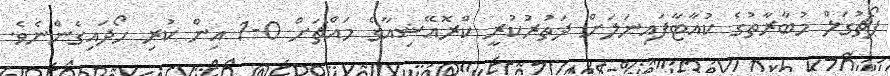
ޕޯޗުގަލް މުބާރާތުގެ ކުއާޓާފައިނަލަށް ދަތުރުކުރީ ކްރޮއޭޝިއާގެ މައްޗަށް 0-1 އިން ކުރި ހޯދައިގެންނެވެ.